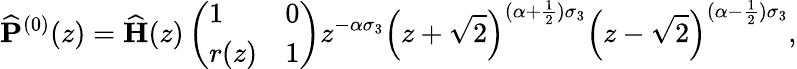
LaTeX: \widehat{\mathbf{P}}^{(0)}(z)=\widehat{\mathbf{H}}(z)\left(\begin{array}{ll}{1}&{0}\\ {r(z)}&{1}\end{array}\right)z^{-\alpha\sigma_{3}}\left(z+\sqrt{2}\right)^{(\alpha+\frac{1}{2})\sigma_{3}}\left(z-\sqrt{2}\right)^{(\alpha-\frac{1}{2})\sigma_{3}},